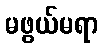
မဖွယ်မရာ